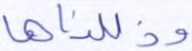
وذللناها